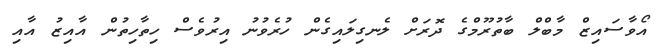
އޯވާސައިޒް މާބްލް ބާތުރޫމްގެ ދޮރަށް ލެނގިލައިގެން ހުރެވުނު އިރުވެސް ހިތާހިތުން އާއިޒު އާއި